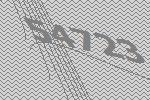
54723